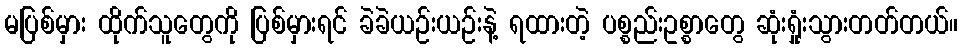
မပြစ်မှား ထိုက်သူတွေကို ပြစ်မှားရင် ခဲခဲယဉ်းယဉ်းနဲ့ ရထားတဲ့ ပစ္စည်းဥစ္စာတွေ ဆုံးရှုံးသွားတတ်တယ်။